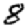
Digit: 8